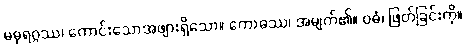
မဓုရဂ္ဂဿ၊ ကောင်းသောအဖျားရှိသော။ ကောဓဿ၊ အမျက်၏။ ဝဓံ၊ ဖြတ်ခြင်းကို။